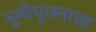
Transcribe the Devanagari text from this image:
भूमीपूजनाचा